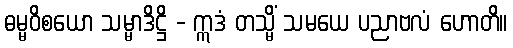
ဓမ္မဝိစယော သမ္မာဒိဋ္ဌိ - ဣဒံ တသ္မိံ သမယေ ပညာဗလံ ဟောတိ။